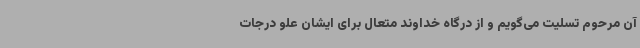
آن مرحوم تسلیت می‌گویم و از درگاه خداوند متعال برای ایشان علو درجات